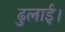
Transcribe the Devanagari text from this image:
ढुलाई।